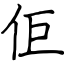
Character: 佢